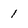
Character: l